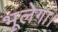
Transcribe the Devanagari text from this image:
भूलेगा।